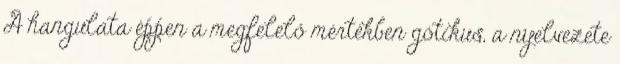
A hangulata éppen a megfelelő mértékben gótikus, a nyelvezete